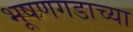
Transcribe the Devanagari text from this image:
भूषणगडाच्या